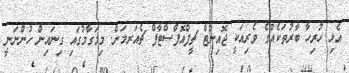
އެޅި ހުރިހާ ބާރުތަކެއްގެ ވެރިއަކީ ޖޮއިންޓް ޗީފްއޮފްސްޓާފް ޗެއަރމަން. މިމަގާމުގައި ގިނައިން ހުންނަނީ